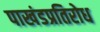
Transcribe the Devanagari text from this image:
पाखंडप्रतिरोध